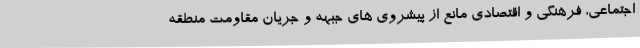
اجتماعی، فرهنگی و اقتصادی مانع از پیشروی های جبهه و جریان مقاومت منطقه